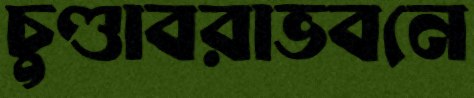
চুণ্ডাবরাভবনে